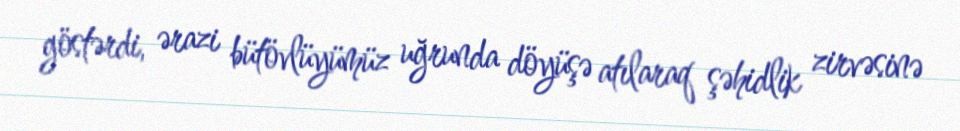
göstərdi, ərazi bütövlüyümüz uğrunda döyüşə atılaraq şəhidlik zirvəsinə